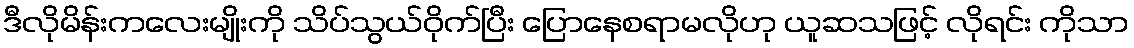
ဒီလိုမိန်းကလေးမျိုးကို သိပ်သွယ်ဝိုက်ပြီး ပြောနေစရာမလိုဟု ယူဆသဖြင့် လိုရင်း ကိုသာ